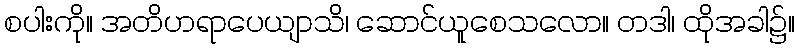
စပါးကို။ အတိဟရာပေယျာသိ၊ ဆောင်ယူစေသလော။ တဒါ၊ ထိုအခါ၌။